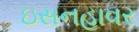
ઇસનહાવર